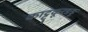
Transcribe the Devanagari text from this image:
काट्टुकूरङङु